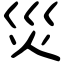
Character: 災